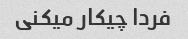
فردا چیکار میکنی